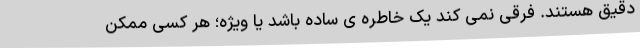
دقیق هستند. فرقی نمی کند یک خاطره ی ساده باشد یا ویژه؛ هر کسی ممکن